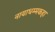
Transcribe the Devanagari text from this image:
नायाधम्मकहा